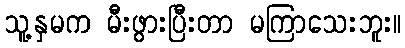
သူ့နှမက မီးဖွားပြီးတာ မကြာသေးဘူး။